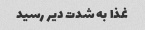
غذا به شدت دیر رسید